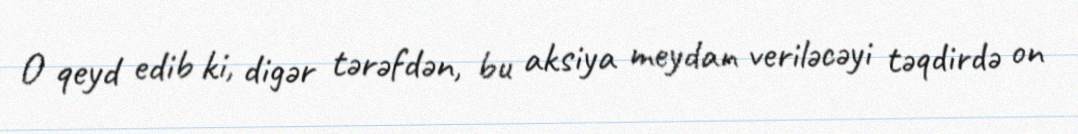
O qeyd edib ki, digər tərəfdən, bu aksiya meydan veriləcəyi təqdirdə on